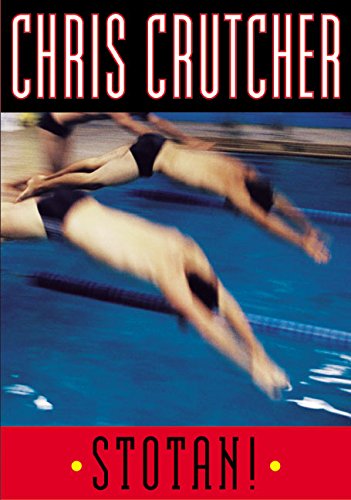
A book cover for Stotan!; Chris Crutcher; Health, Fitness & Dieting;